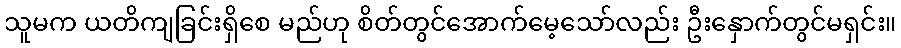
သူမက ယတိကျခြင်းရှိစေ မည်ဟု စိတ်တွင်အောက်မေ့သော်လည်း ဦးနှောက်တွင်မရှင်း။